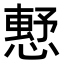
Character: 𢡴